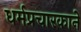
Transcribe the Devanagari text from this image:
धर्मप्रचारकाने